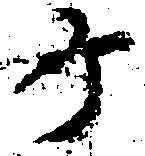
ヶ